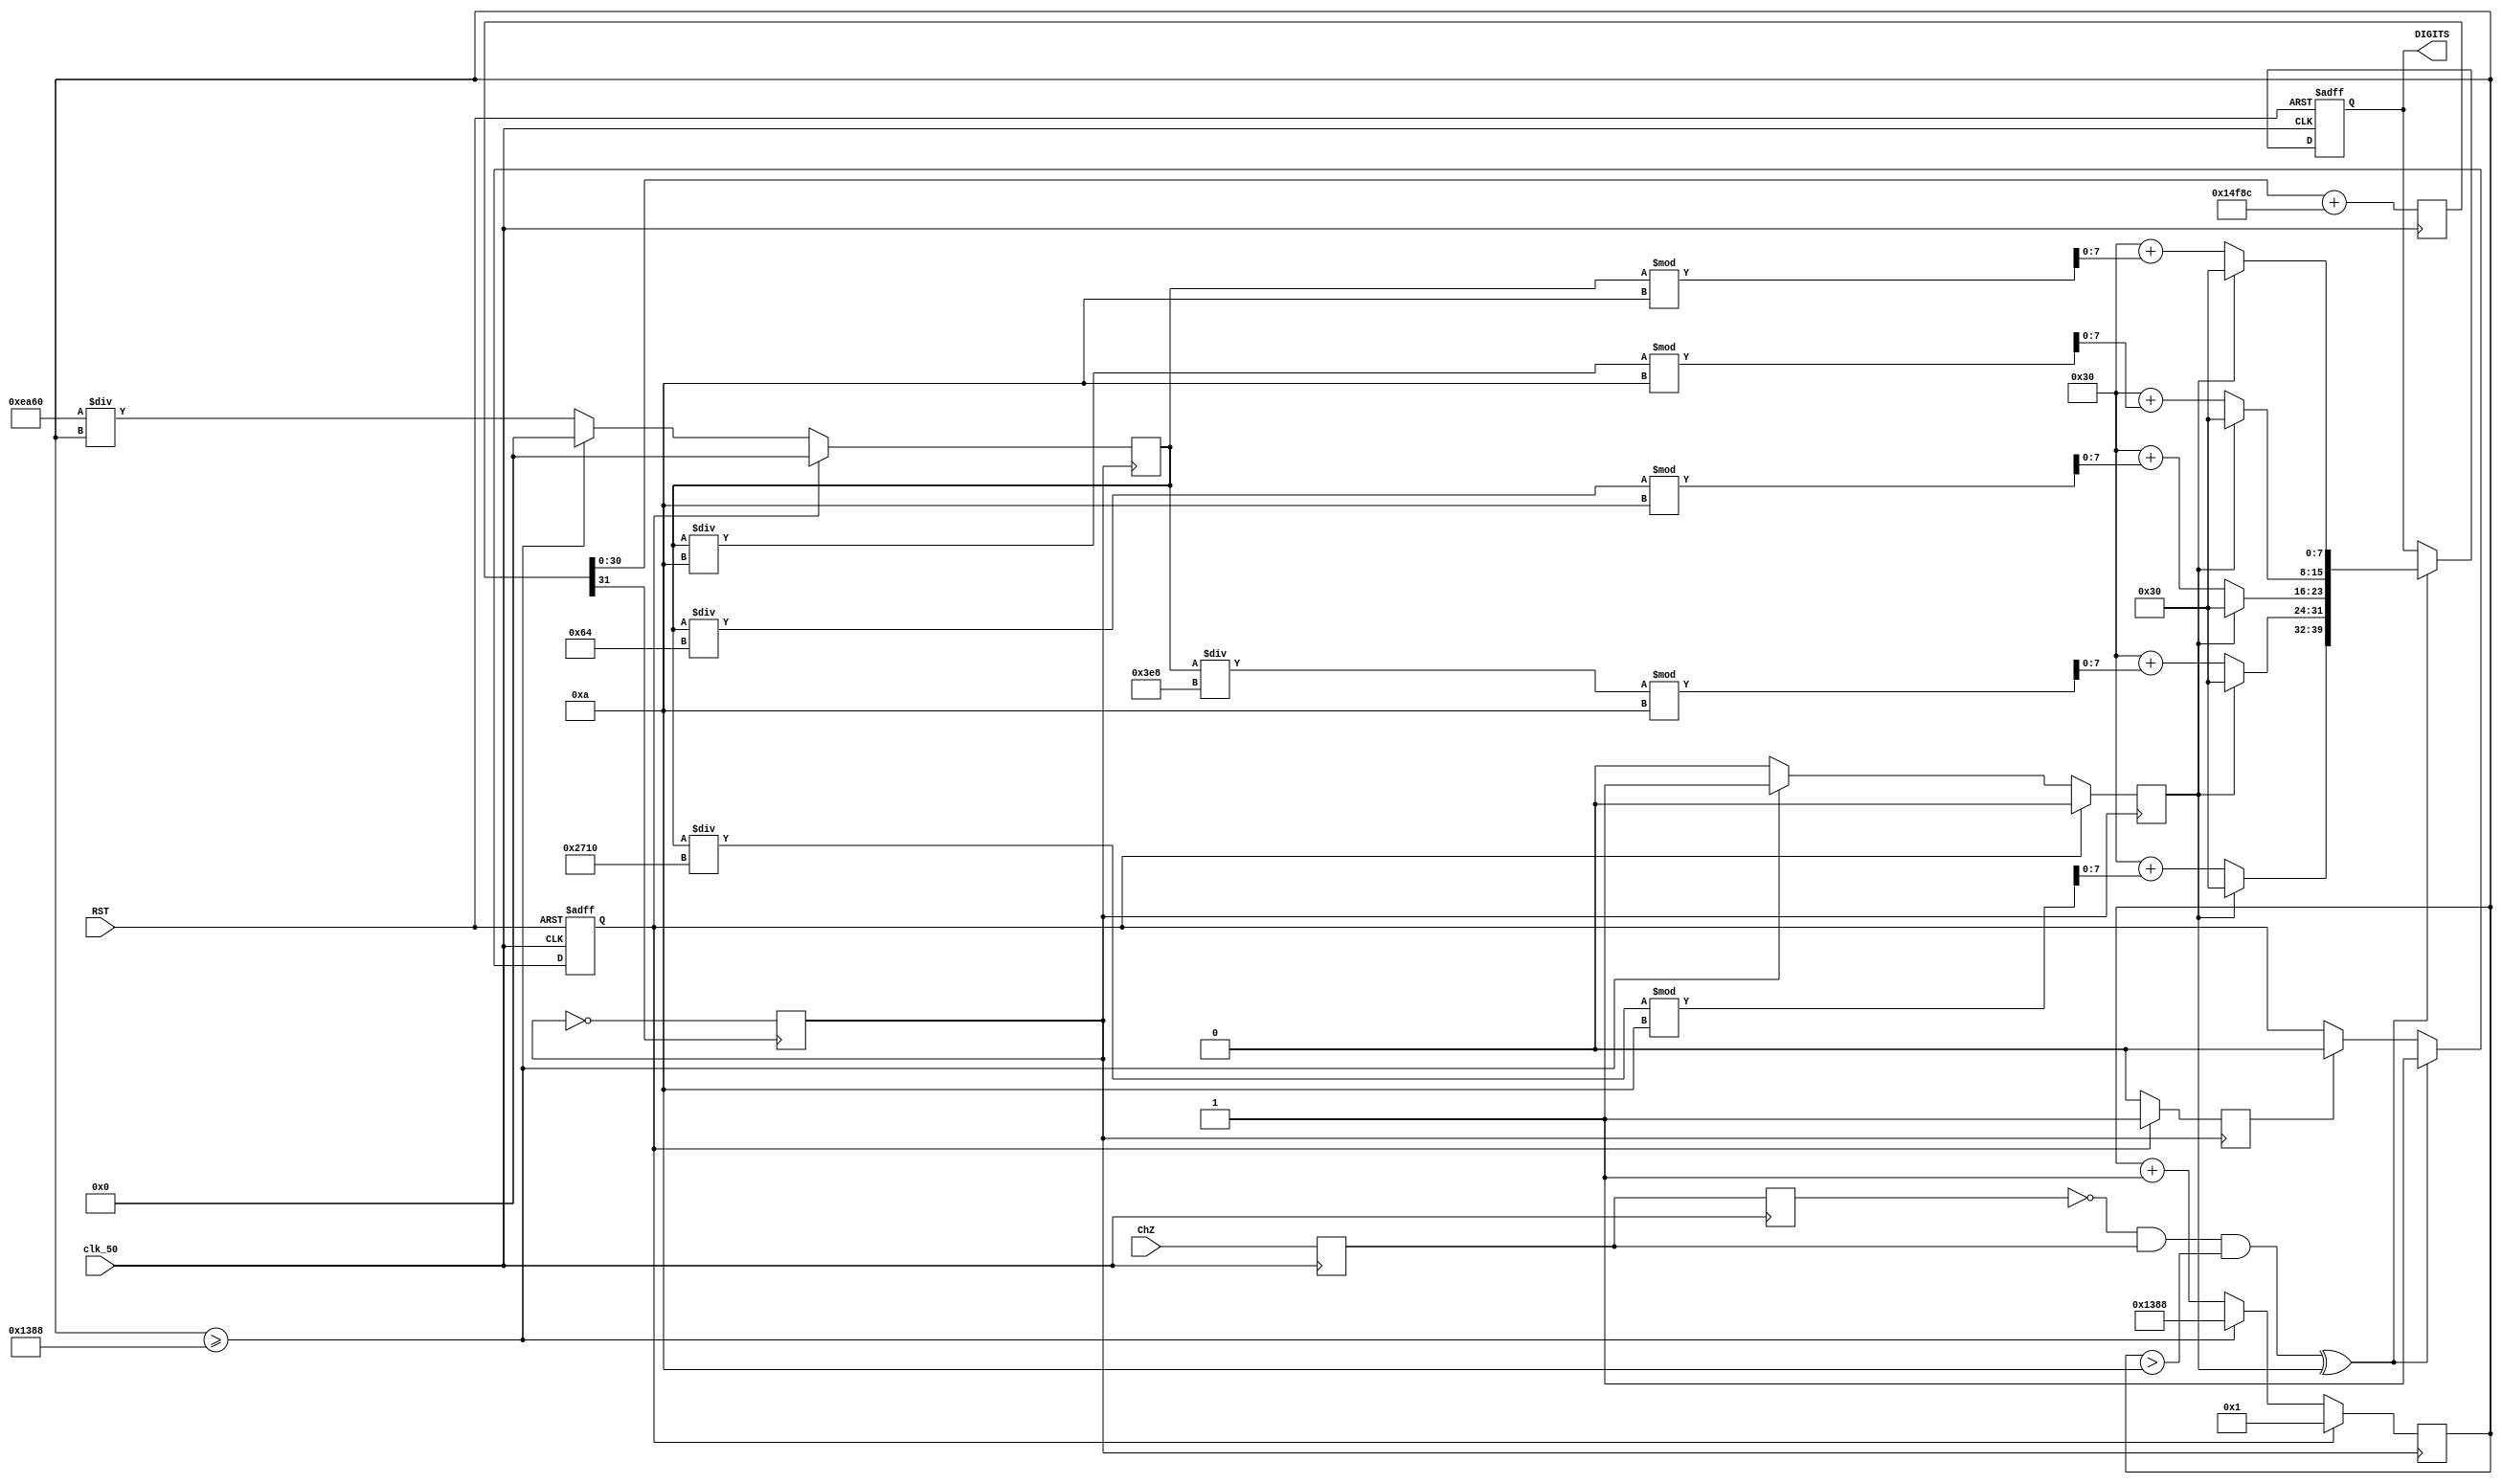
module RPM_cal(
			clk_50,
			ChZ,
			RST,
			DIGITS
);


//----------------RPM MEASUREMENTS------------------------------------

//


input 				clk_50;
input					ChZ;
input					RST;

output reg [39:0] DIGITS;


reg 		[15:0] 	cnt = 1;
integer 				data_out;
reg					write;
reg					stop_out = 0;
reg					clk_1ms = 0;
reg					syn_chZ;
reg					rst_cnt = 0;
reg					p_state1 = 0;
reg					p_state2 = 0;
reg					RPM_clear = 0;
//
//
//
//

always @ (posedge clk_1ms) // on positive clock edge 
	begin
		if(!rst_cnt) begin
			RPM_clear<=0;
			if(cnt >= 16'h1388)
			begin
				cnt <= 16'h1388;
				data_out <= 0;
				stop_out <= 1'b1;
			end
			else
			begin
				cnt <= cnt + 1; // increment counter
				data_out <=60000/cnt;
				stop_out <= 1'b0;
			end
		end
		else
			begin
				RPM_clear<=1;
				data_out <= 0;
				cnt <= 1;
				stop_out <= 0; 		
			end
	end
	
always @ (posedge clk_50)begin
		p_state1 <= ChZ;
		p_state2 <= p_state1;

end
	


always @ (negedge clk_50 or posedge RST)
begin
	if(RST) begin
		   rst_cnt <= 1;
			DIGITS <= "00000";
	end
	else begin
		if((p_state2==0 && p_state1==1 && cnt>10) ^ stop_out)
		begin
			rst_cnt = 1;
			if(stop_out) begin
				DIGITS[39:0] = "00000";
			end
			else begin//////r
				  DIGITS[7:0] = "0" + data_out % 32'd10;
				  DIGITS[15:8] = "0" + (data_out/32'd10) % 32'd10; 
				  DIGITS[23:16] = "0" + (data_out/32'd100) % 32'd10; 
				  DIGITS[31:24] = "0" + (data_out/32'd1000) % 32'd10; 
				  DIGITS[39:32] = "0" + (data_out/32'd10000) % 32'd10; 
			end
		end
		else
		begin
			if(RPM_clear)
			rst_cnt <= 0;
			else
			rst_cnt <= rst_cnt;
			DIGITS <= DIGITS ;
		end
	end
end

	
	
	
parameter BaudGeneratorAccWidth = 31;
parameter BaudGeneratorInc =42950*2; // 1
reg [BaudGeneratorAccWidth:0] BaudGeneratorAcc;

always @(posedge clk_50)
begin
  BaudGeneratorAcc <= BaudGeneratorAcc[BaudGeneratorAccWidth-1:0] + BaudGeneratorInc;
end

wire BaudTick = BaudGeneratorAcc[BaudGeneratorAccWidth];

always@(posedge BaudTick)
clk_1ms=~clk_1ms;

endmodule